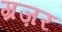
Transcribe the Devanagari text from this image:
ग्रज़र